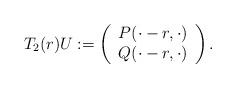
LaTeX: \begin{align*}T_2(r)U:= \left(\begin{array}{c} P(\cdot-r,\cdot)\\ Q(\cdot-r,\cdot)\end{array}\right).\end{align*}